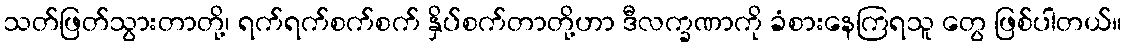
သတ်ဖြတ်သွားတာတို့၊ ရက်ရက်စက်စက် နှိပ်စက်တာတို့ဟာ ဒီလက္ခဏာကို ခံစားနေကြရသူ တွေ ဖြစ်ပါတယ်။